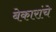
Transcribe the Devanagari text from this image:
बेकारांचे